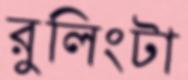
রুলিংটা